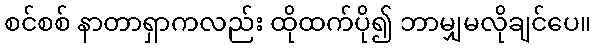
စင်စစ် နာတာရှာကလည်း ထိုထက်ပို၍ ဘာမျှမလိုချင်ပေ။